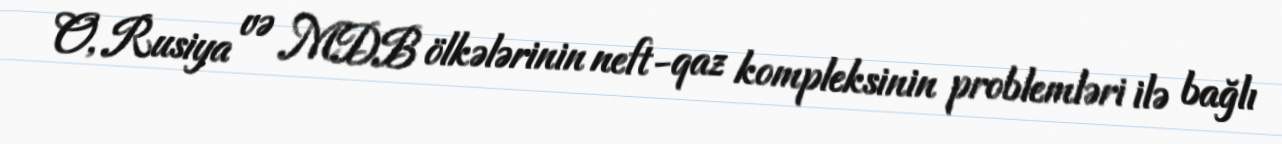
O, Rusiya və MDB ölkələrinin neft-qaz kompleksinin problemləri ilə bağlı